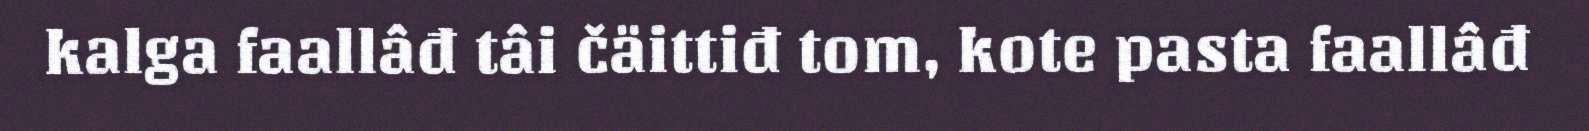
kalga faallâđ tâi čäittiđ tom, kote pasta faallâđ